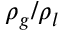
\rho _ { g } / \rho _ { l }